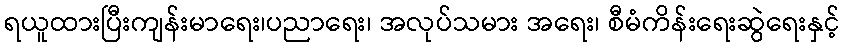
ရယူထားပြီးကျန်းမာရေး၊ပညာရေး၊ အလုပ်သမား အရေး၊ စီမံကိန်းရေးဆွဲရေးနှင့်